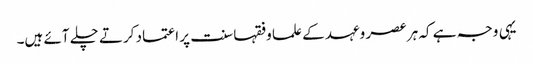
یہی وجہ ہے کہ ہر عصر وعہد کے علما وفقہا سنت پر اعتماد کرتے چلے آئے ہیں۔